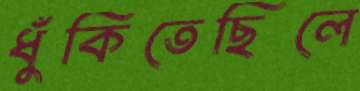
ধুঁকিতেছিলে